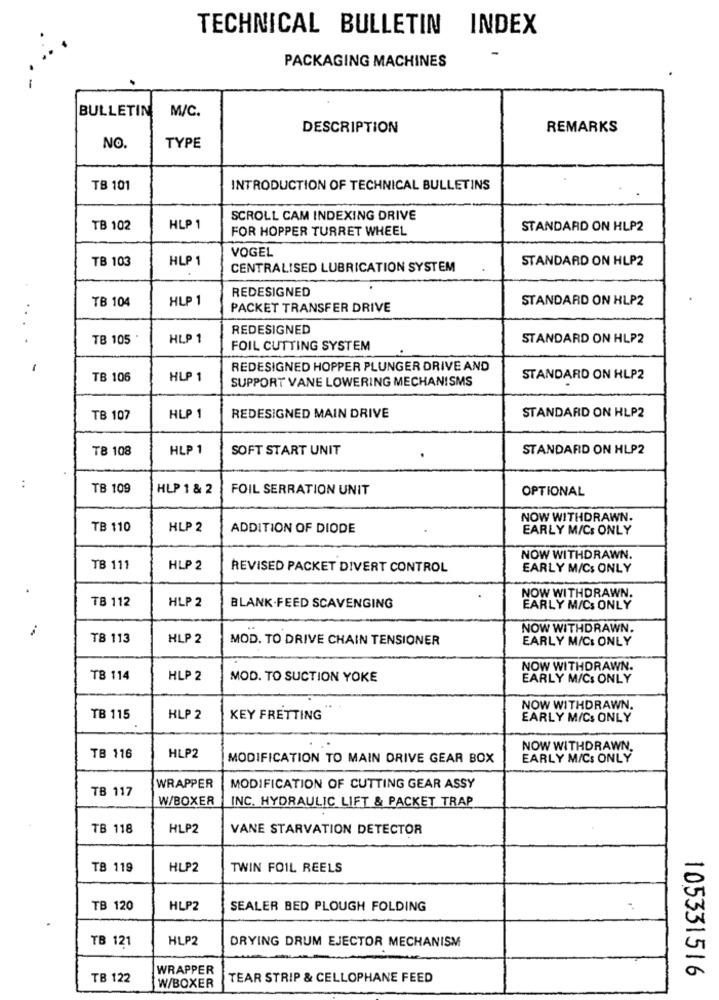
TECHNICAL BULLETIN
INDEX
PACKAGING MACHINES
BULLETIN
M/C.
DESCRIPTION
REMARKS
NO.
TYPE
TB 101
INTRODUCTION OF TECHNICAL BULLETINS
SCROLL CAM INDEXING DRIVE
TB 102
HLP 1
FOR HOPPER TURRET WHEEL
STANDARD ON HLP2
VOGEL
TB 103
HLP 1
STANDARD ON HLP2
CENTRALISED LUBRICATION SYSTEM
REDESIGNED
TB 104
HLP1
STANDARD ON HLP2
. .
PACKET TRANSFER DRIVE
REDESIGNED
TB 105
HLP 1
STANDARD ON HLP2
FOIL CUTTING SYSTEM
REDESIGNED HOPPER PLUNGER DRIVE AND
TB 106
HLP 1
SUPPORT VANE LOWERING MECHANISMS
STANDARD ON HLP2
STANDARD ON HLP2
TB 107
HLP 1
REDESIGNED MAIN DRIVE
TB 108
HLP 1
SOFT START UNIT
STANDARD ON HLP2
TB 109
HLP 1 & 2
FOIL SERRATION UNIT
OPTIONAL
NOW WITHDRAWN.
TB 110
HLP 2
ADDITION OF DIODE
EARLY M/Cs ONLY
NOW WITHDRAWN.
TB 111
HLP 2
REVISED PACKET DIVERT CONTROL
EARLY M/Cs ONLY
NOW WITHDRAWN.
TB 112
HLP 2
BLANK-FEED SCAVENGING
EARLY M/CS ONLY
NOW WITHDRAWN.
TB 113
HLP 2
MOD. TO DRIVE CHAIN TENSIONER
EARLY M/C: ONLY
NOW WITHDRAWN.
TB 114
HLP 2
MOD. TO SUCTION YOKE
EARLY M/Cs ONLY
NOW WITHDRAWN.
TB 115
HLP 2
KEY FRETTING
EARLY M/CS ONLY
NOW WITHDRAWN.
TB 116
HLP2
MODIFICATION TO MAIN DRIVE GEAR BOX
EARLY M/CS ONLY
TB 117
WRAPPER
MODIFICATION OF CUTTING GEAR ASSY
W/BOXER
INC. HYDRAULIC LIFT & PACKET TRAP.
TB 118
HLP2
VANE STARVATION DETECTOR
TB 119
HLP2
TWIN FOIL REELS
TB 120
HLP2
SEALER BED PLOUGH FOLDING
TB 121
HLP2
DRYING DRUM EJECTOR MECHANISM
WRAPPER
105331516
TB 122
TEAR STRIP & CELLOPHANE FEED
W/BOXER